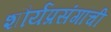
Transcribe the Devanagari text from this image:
शौर्यप्रसंगांची